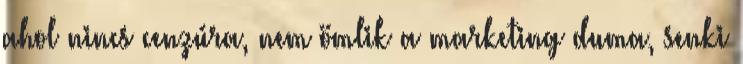
ahol nincs cenzúra, nem ömlik a marketing duma, senki